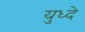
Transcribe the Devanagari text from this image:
युध्दे